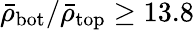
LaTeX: \bar{\rho}_{\mathrm{bot}}/\bar{\rho}_{\mathrm{top}}\ge 13.8